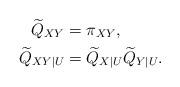
LaTeX: \begin{align*}\widetilde{Q}_{XY} & =\pi_{XY},\\\widetilde{Q}_{XY|U} & =\widetilde{Q}_{X|U}\widetilde{Q}_{Y|U}.\end{align*}